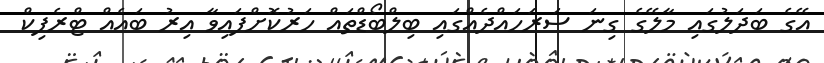
އޭގެ ބަދަލުގައި މާލޭގެ ގިނަ ސަރަހައްދެއްގައި ބިލްބޯޑްތައް ހަރުކޮށްފައިވާ އިރު ބައެއް ޓްރެފިކް